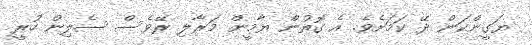
ޔަގީންކަން ދޭ ކަމަށެވެ. އެ ގޮތުން ޔާމީން މަރާލި ރޭވެސް ސެލިން ހުރީ